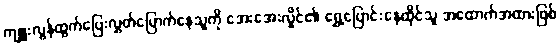
ကျူးလွန်ထွက်ပြေးလွှတ်မြောက်နေသူကို အေးအေးလှိုင်၏ ရွှေ့ပြောင်းနေထိုင်သူ အထောက်အထားဖြစ်